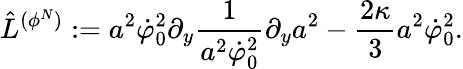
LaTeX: \hat{L}^{(\phi^{N})}:=a^{2}\dot{\varphi}_{0}^{2}\partial_{y}{\frac{1}{a^{2}\dot{\varphi}_{0}^{2}}}\partial_{y}a^{2}-{\frac{2\kappa}{3}}a^{2}\dot{\varphi}_{0}^{2}.